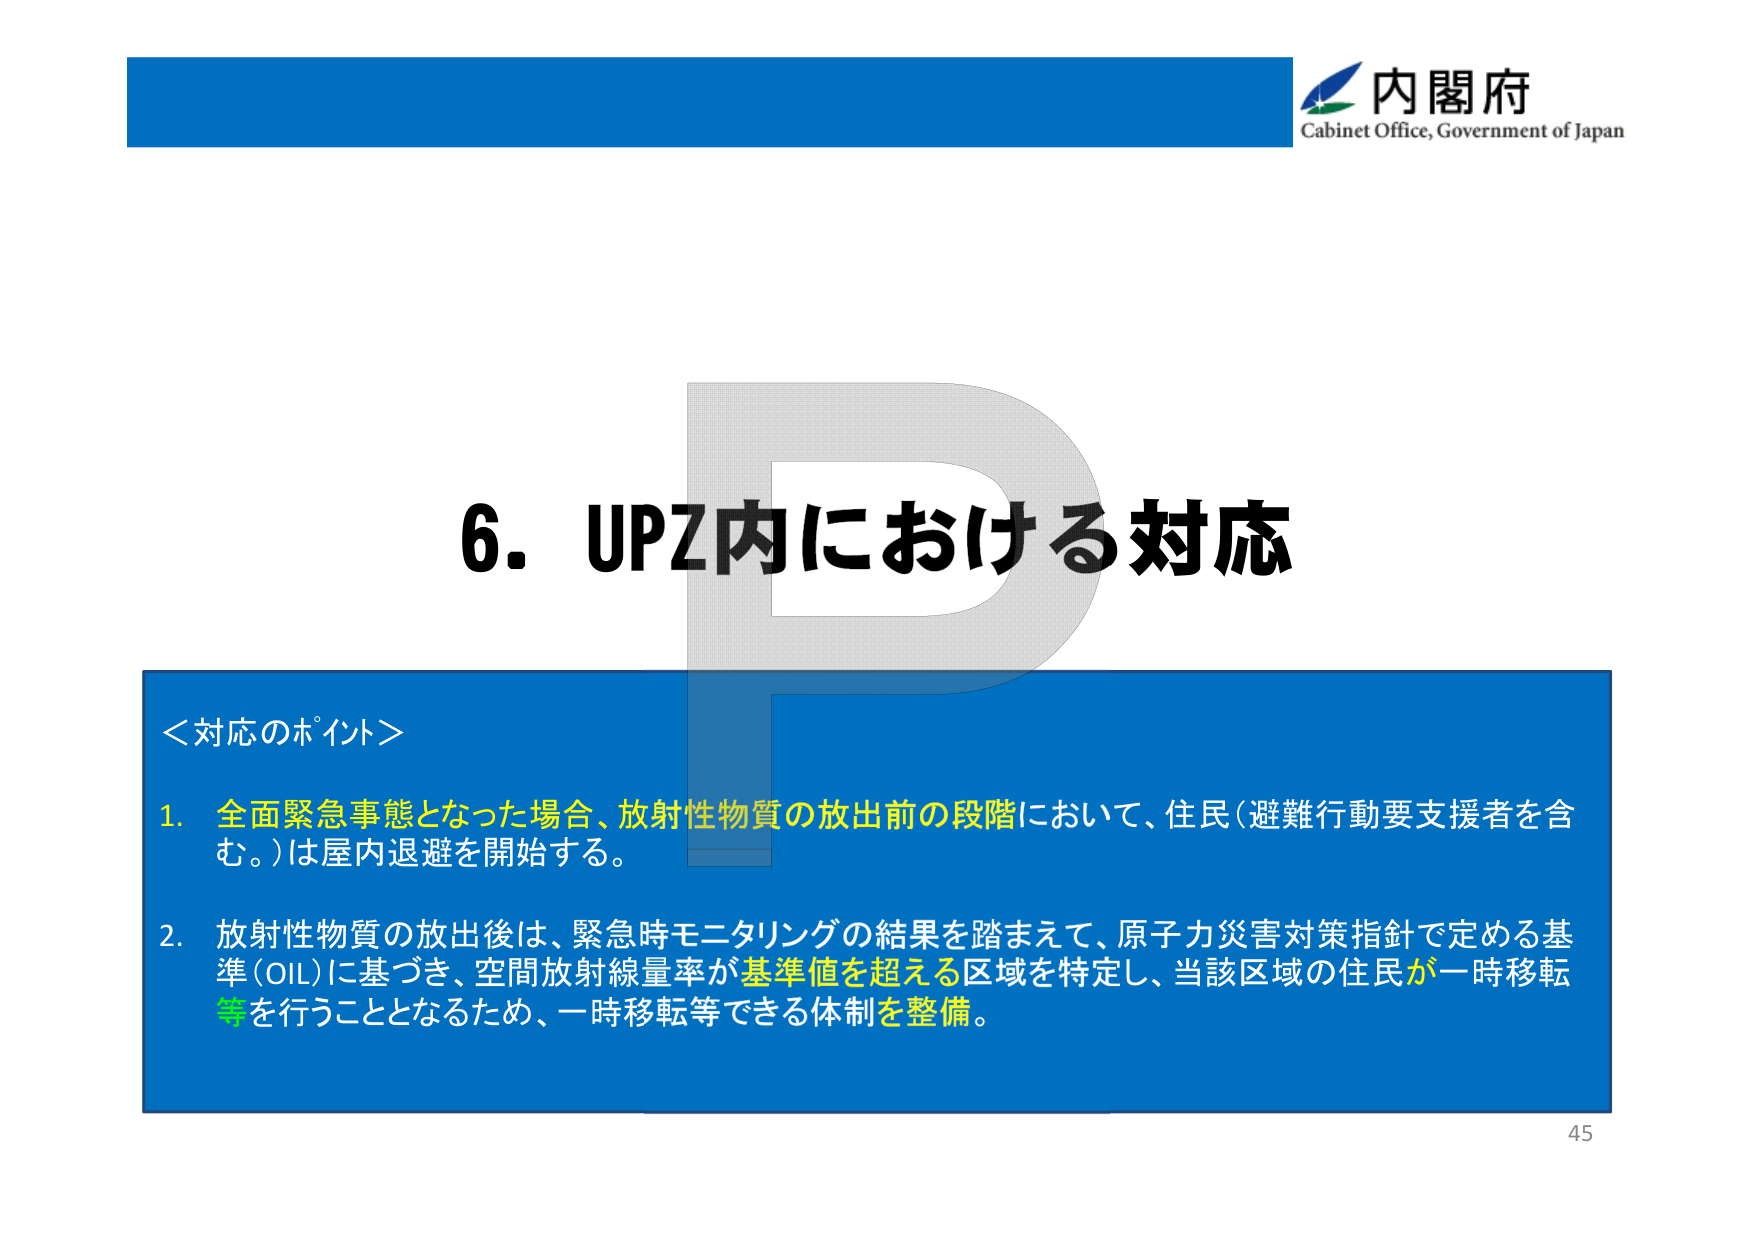
内閣府
Cabinet Office, Government of Japan

6. UPZ内における対応

＜対応のポイント＞
1. 全面緊急事態となった場合、放射性物質の放出前の段階において、住民（避難行動要支援者を含む。）は屋内退避を開始する。
2. 放射性物質の放出後は、緊急時モニタリングの結果を踏まえて、原子力災害対策指針で定める基準（OIL）に基づき、空間放射線量率が基準値を超える区域を特定し、当該区域の住民が一時移転等を行うこととなるため、一時移転等できる体制を整備。

45